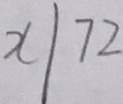
x / 7 2